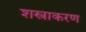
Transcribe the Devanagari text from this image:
शस्त्राकरण